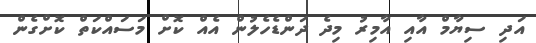
އަދި ސިޔާމް އާއި އާމިރު މިދެ ދަންޑެހެލުން އެއް ކޮށް މަސައްކަތް ކޮށްގެން